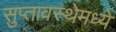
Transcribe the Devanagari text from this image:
सुप्‍तावस्थेमध्ये